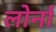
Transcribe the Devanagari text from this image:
लोर्ना